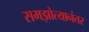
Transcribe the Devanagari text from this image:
समझोत्यानंतर